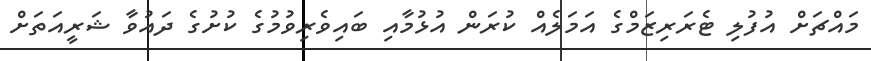
މައްޗަށް އުފުލި ޓެރަރިޒަމްގެ އަމަލެއް ކުރަން އުޅުމާއި ބައިވެރިވުމުގެ ކުށުގެ ދައުވާ ޝަރީއަތަށް